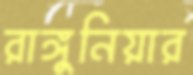
রাঙ্গুনিয়ার